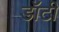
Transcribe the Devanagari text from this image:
डॉटी